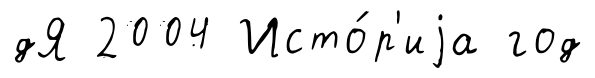
дЯ 2004 Исто́р'иjа год